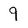
Character: 9